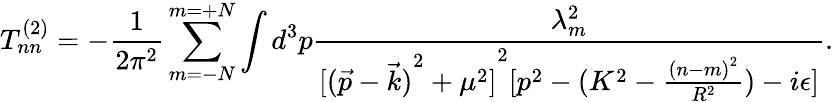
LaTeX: T_{nn}^{(2)}=-\frac{1}{2\pi^{2}}\sum_{m=-N}^{m=+N}\int d^{3}p\frac{\lambda_{m}^{2}}{{[{(\vec{p}-\vec{k})}^{2}+\mu^{2}]}^{2}[p^{2}-(K^{2}-\frac{{(n-m)}^{2}}{R^{2}})-i\epsilon]}.